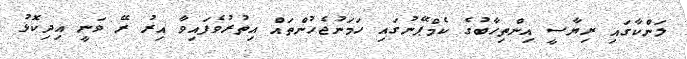
ލަންކާގައި ރިޔާސީ އިންތިހާބުގެ ކެމްޕޭނުގައި ހަމަނުޖެހުންތައް އިތުރުވެފައިވާ އިރު ރޭ ވަނީ އިދިކޮޅު